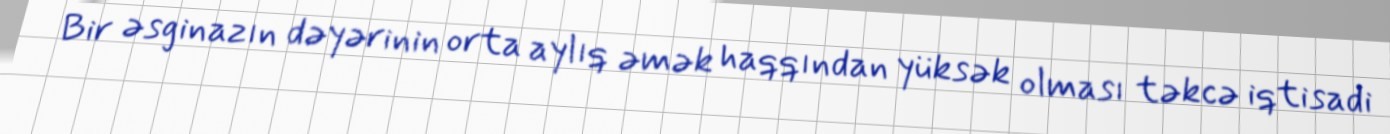
Bir əsginazın dəyərinin orta aylıq əmək haqqından yüksək olması təkcə iqtisadi